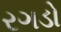
રગડો